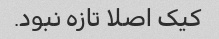
کیک اصلا تازه نبود.